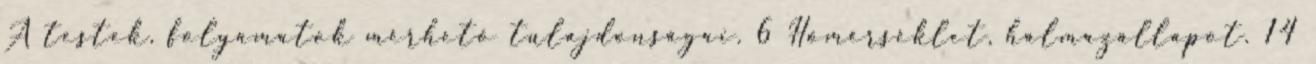
A testek, folyamatok mérhető tulajdonságai. 6 Hőmérséklet, halmazállapot. 14